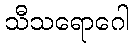
သီသရောဂေါ